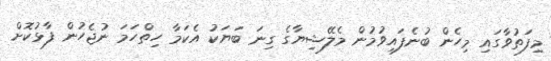
މިފަތުވާގައި މިހެން ބުނެފައިވުމުން މެލޭޝިޔާގެ ގިނަ ބަޔަކު އެކަމާ ހިތްހަމަ ނުޖެހުން ފާޅުކޮށް